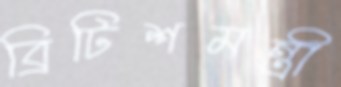
ব্রিটিশমন্ত্রী